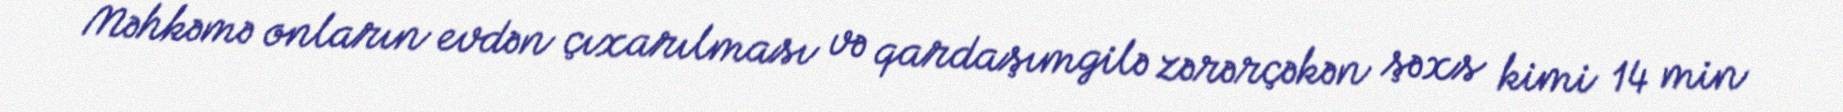
Məhkəmə onların evdən çıxarılması və qardaşımgilə zərərçəkən şəxs kimi 14 min